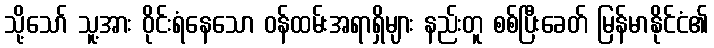
သို့သော် သူ့အား ဝိုင်းရံနေသော ဝန်ထမ်းအရာရှိများ နည်းတူ စစ်ပြီးခေတ် မြန်မာနိုင်ငံ၏